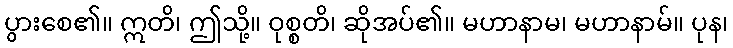
ပွားစေ၏။ ဣတိ၊ ဤသို့။ ဝုစ္စတိ၊ ဆိုအပ်၏။ မဟာနာမ၊ မဟာနာမ်။ ပုန၊